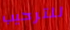
للترحيب